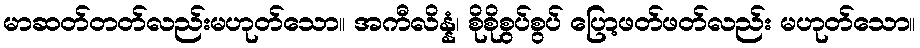
မာဆတ်တတ်လည်းမဟုတ်သော။ အကီလိန္နံ၊ စိုစိုစွပ်စွပ် ပြော့ဖတ်ဖတ်လည်း မဟုတ်သော။